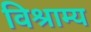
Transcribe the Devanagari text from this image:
विश्राम्य